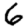
Digit: 6